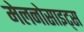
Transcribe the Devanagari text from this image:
मेलनोसाइट्स